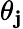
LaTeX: \theta_{\mathbf{j}}